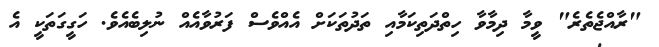
"ރާއްޖެތެރެ" ވީމާ ދިމާވާ ހިތްދަތިކަމާއި ތަދުތަކަށް އެއްވެސް ފަރުވާއެއް ނުލިބެއެވެ. ހަގީގަތަކީ އެ